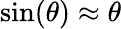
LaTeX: \sin(\theta)\approx\theta